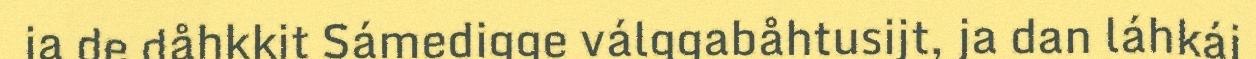
ja de dåhkkit Sámedigge válggabåhtusijt, ja dan láhkáj